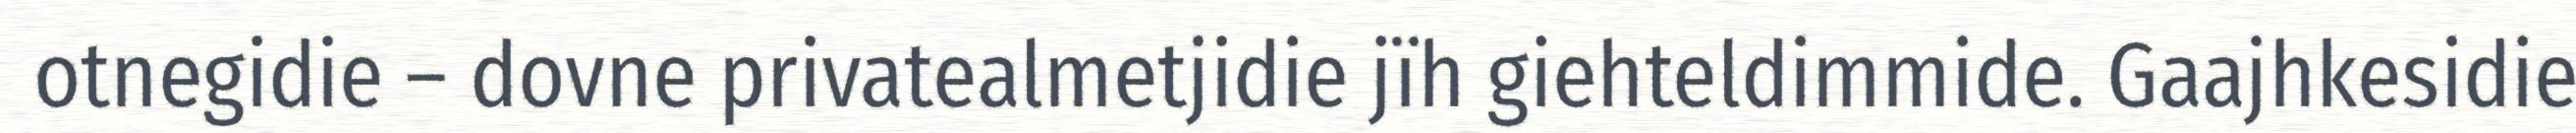
otnegidie – dovne privatealmetjidie jïh giehteldimmide. Gaajhkesidie